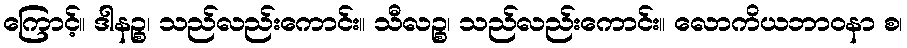
ကြောင့်။ ဒါနဉ္စ၊ သည်လည်းကောင်း။ သီလဉ္စ၊ သည်လည်းကောင်း။ လောကိယဘာဝနာ စ၊